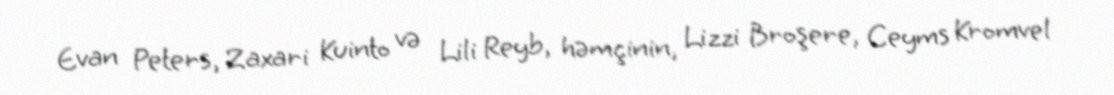
Evan Peters, Zaxari Kuinto və Lili Reyb, həmçinin, Lizzi Broşere, Ceyms Kromvel